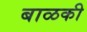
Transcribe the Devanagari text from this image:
बाळकी